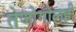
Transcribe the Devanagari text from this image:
तेजोगोलही